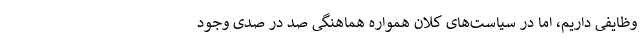
وظایفی داریم، اما در سیاست‌های کلان همواره هماهنگی صد در صدی وجود